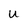
Character: U